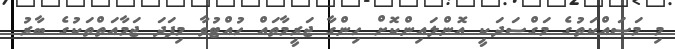
މި މަސައްކަތުގެ މަގްސަދަކީ އޮންލައިންކޮށް ހިންގާ ޖަރީމާތައް ހުއްޓުވާ މިފަދަ ޖަމާއަތްތަކުގެ ބާރު